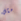
مثل